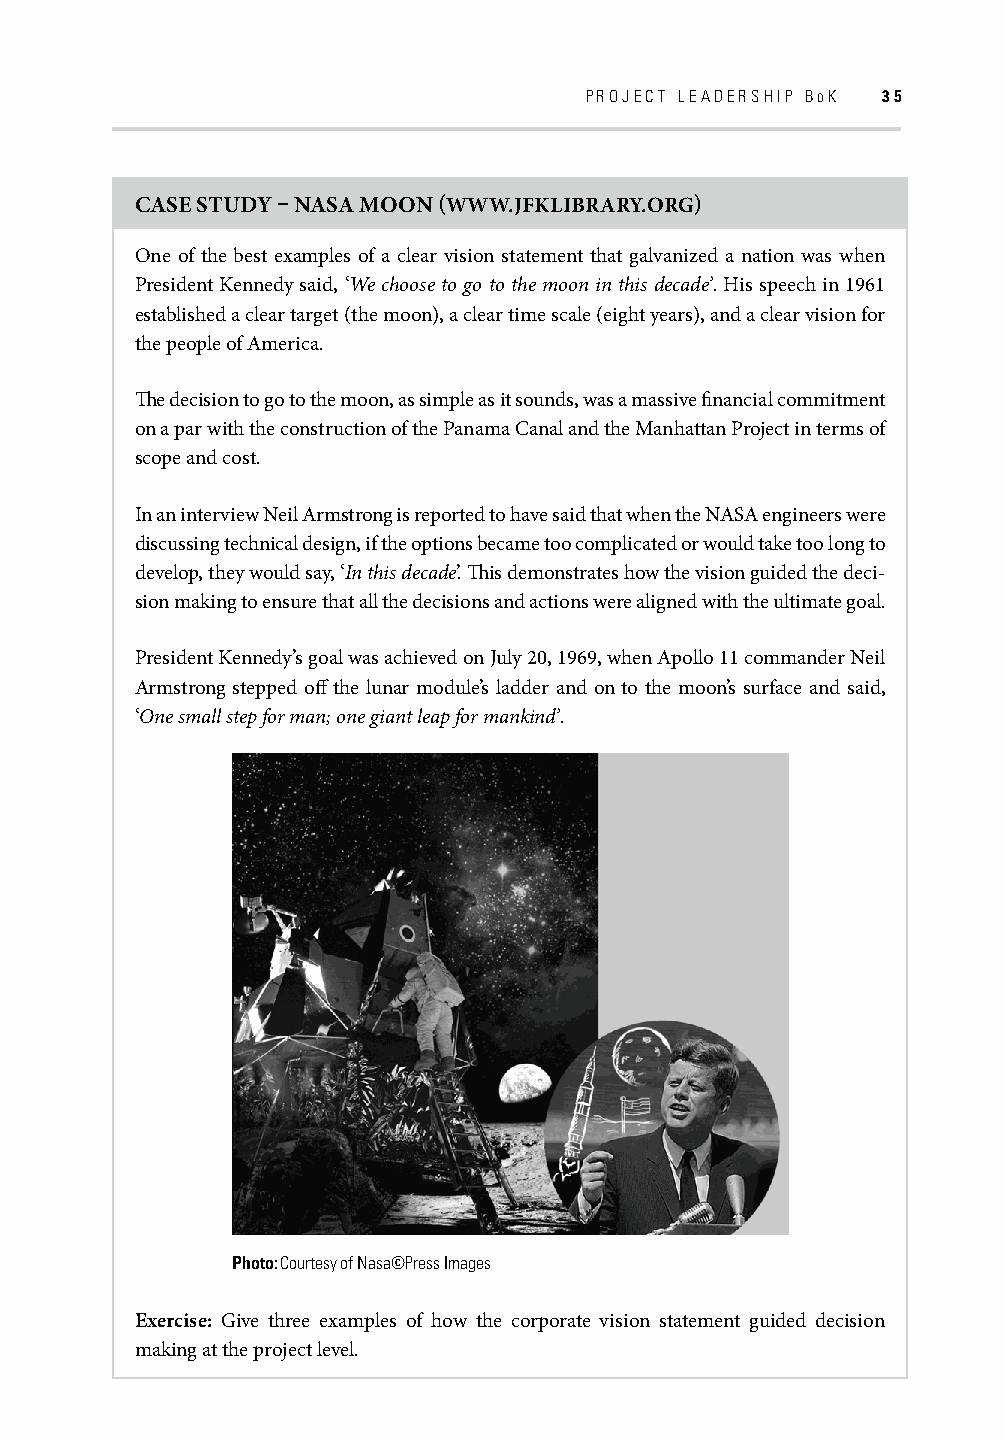
PROJECT LEADERSHIP BOK 35
 CASE STUDY – NASA MOON (WWW.JFKLIBRARY.ORG)
 One of the best examples of a clear vision statement that galvanized a nation was when
 President Kennedy said, ‘We choose to go to the moon in this decade’. His speech in 1961
 established a clear target (the moon), a clear time scale (eight years), and a clear vision for
 the people of America.
 Th e decision to go to the moon, as simple as it sounds, was a massive fi nancial commitment
 on a par with the construction of the Panama Canal and the Manhattan Project in terms of
 scope and cost.
 In an interview Neil Armstrong is reported to have said that when the NASA engineers were
 discussing technical design, if the options became too complicated or would take too long to
 develop, they would say, ‘In this decade’. Th is demonstrates how the vision guided the deci-
 sion making to ensure that all the decisions and actions were aligned with the ultimate goal.
 President Kennedy’s goal was achieved on July 20, 1969, when Apollo 11 commander Neil
 Armstrong stepped off the lunar module’s ladder and on to the moon’s surface and said,
 ‘One small step for man; one giant leap for mankind’.
 Photo: Courtesy of Nasa©Press Images
 Exercise: Give three examples of how the corporate vision statement guided decision
 making at the project level.